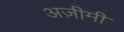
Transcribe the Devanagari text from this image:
अज़ीमी